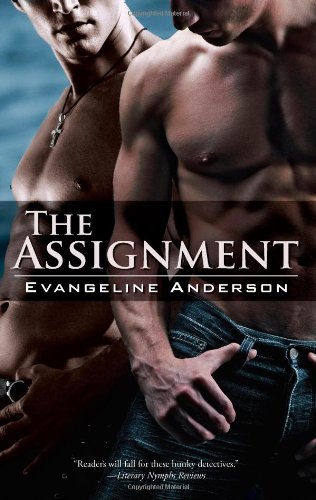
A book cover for The Assignment; Evangeline Anderson; Romance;